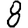
Digit: 8